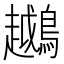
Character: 𬷲